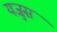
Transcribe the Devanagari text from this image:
यजुस